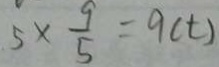
5 \times \frac { 9 } { 5 } = 9 ( t )